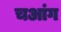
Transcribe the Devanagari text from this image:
चआंग